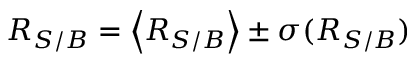
R _ { S / B } = \left< R _ { S / B } \right> \pm \sigma ( R _ { S / B } )